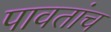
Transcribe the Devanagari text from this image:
पावतांच